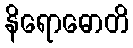
နိရောဓောတိ